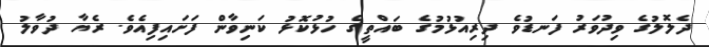
ދެލޮލުގެ ވިދުވަރު ފަނޑުވެ ދިރިއުޅުމުގެ ބައްތީގެ ހުޅުކޮޅު ކަނިވާން ފަށައިފިއެވެ. ރެޔާ ދުވާލު